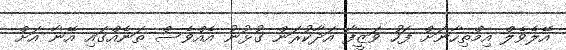
އޭލެވެލް އިމްތިހާނަށް ފަހު ވަޒީފާ އަދާކުރަން ގުޅުނު އެއްވެސް ތަނެއްގައި އޭނާ އަށް